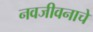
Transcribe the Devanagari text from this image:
नवजीवनाचे